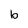
Character: b